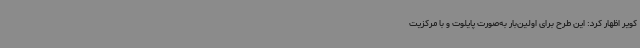
کویر اظهار کرد: این طرح برای اولین‌بار به‌صورت پایلوت و با مرکزیت